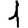
Digit: 1